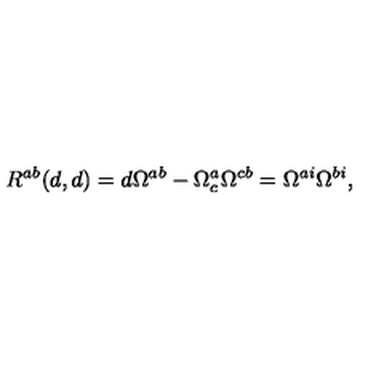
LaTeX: { R } ^ { a b } ( d , d ) = d \Omega ^ { a b } - \Omega _ { c } ^ { a } \Omega ^ { c b } = \Omega ^ { a i } \Omega ^ { b i } ,